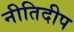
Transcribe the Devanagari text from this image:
नीतिदीप